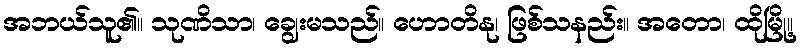
အဘယ်သူ၏။ သုဏိသာ၊ ချွေးမသည်။ ဟောတိနု၊ ဖြစ်သနည်း။ အတော၊ ထိုမြို့။